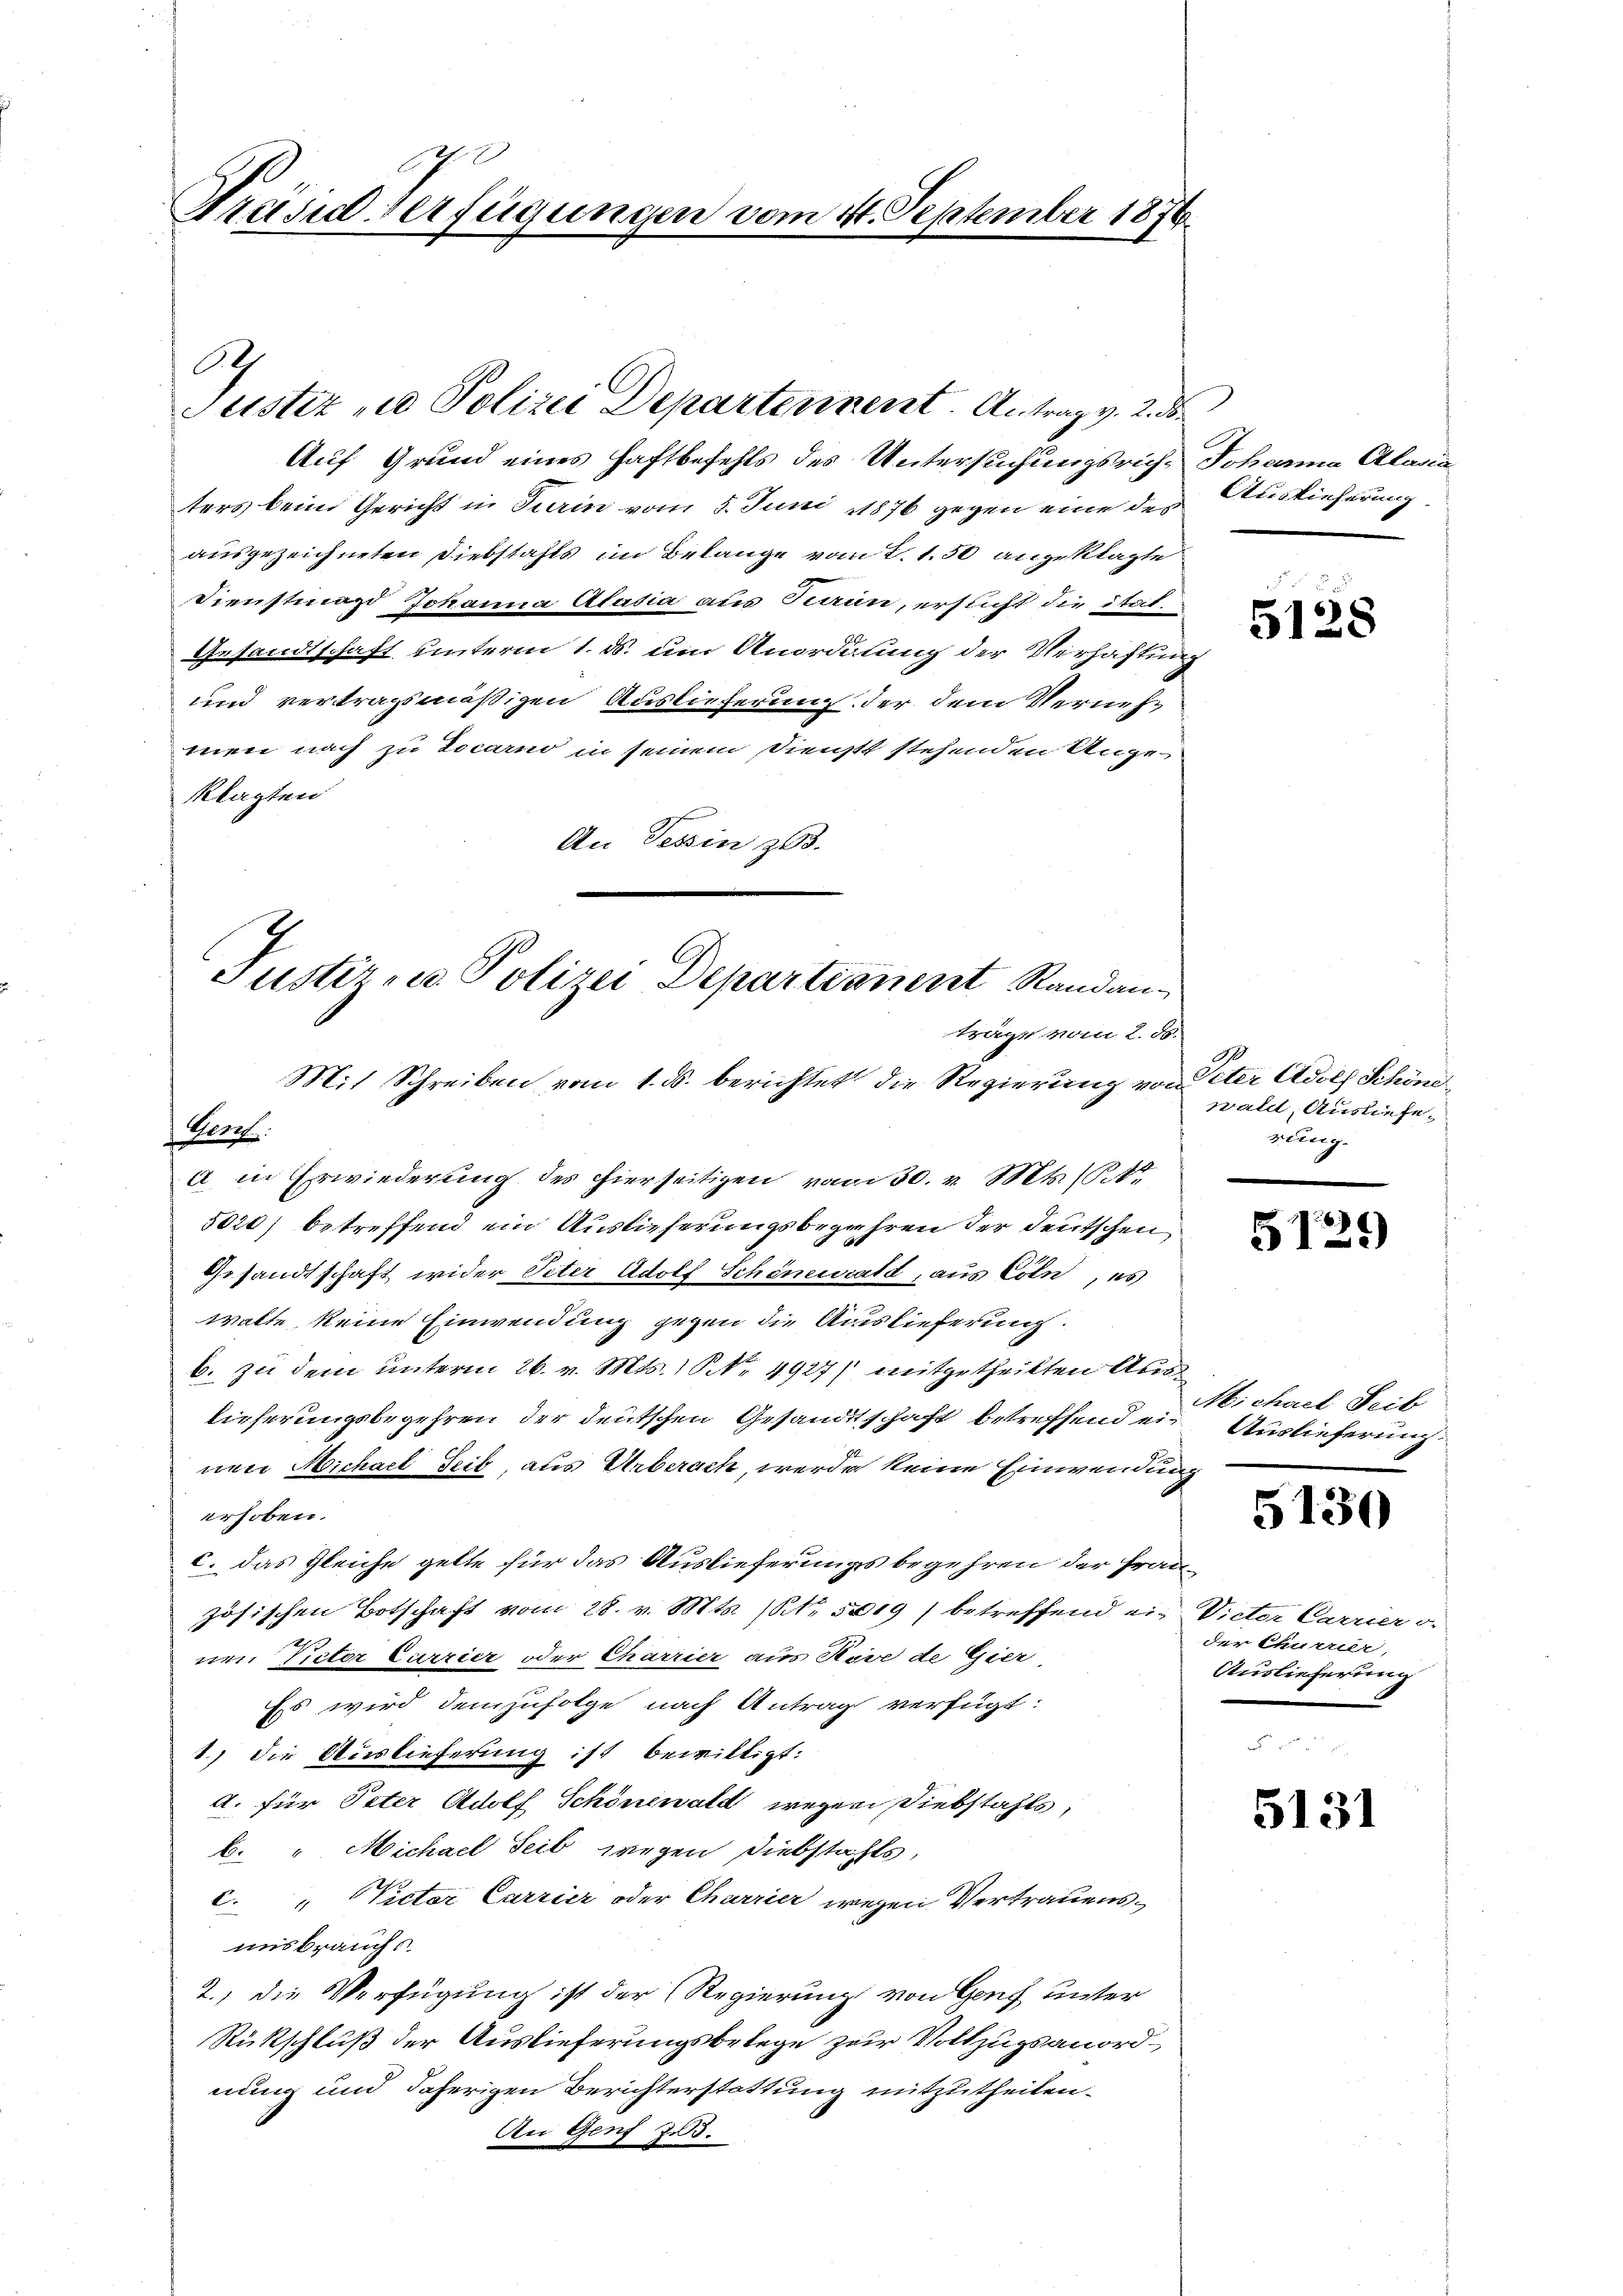
Präsid Verfügungen vom 14. September 1876.

Auf Grund eines Haftbefehls des Untersuchungsrich, Johanna Alaria
ters beim Gericht in Turin vom 5. Juni 1876 gegen eine der Auslieferung
ausgezeichneten Diebstahls im Belange vom 2. 1.50 angeklagte
Dienstina Johanna Aladia aus kann, ersucht die Strit
Gesandtschaft unterm 1. ds. um Anordnung der Verhaftung
und vertragsmäßigen Auslieferung der dem Vernehmen nach zu Locarno in seinem Dienstt stehenden Unge
klagten
An Tessin zu.
Justiz- u. Polizei Departianent Randan

Ach
Justiz - Polizei Departennent. Antrag v. 2. ds.

träge vom 2. ds.
Mit Schreiben vom 1. ds. berichtet die Regierung von Peter Adolf Schöne
Ver

a in Erwiederung des hierseitigen vom 30. v. Mts. 14t
5020) betreffend ein Auslieferungsbegehren der deutschen
Gesandtschaft wider Peter Adolf Schönenratt, aus Cöln, es
walte keine Einwendung gegen die Auslieferung.
b. zu dem unterm 26. v. Mts. S. Nr. 4927/ mitgetheilten Aus
lieferungsbegehren der deutschen Gesandtschaft betreffend ein Auslieferung
nuer Michael Seit, aus Unberach, werde keine Einwendung
erhoben.
c. das Gleiche gelte für das Auslieferungs begehren der französischen Botschaft vom 28. v. Mts. (N. 5019) betreffend ein Victor Carrier v.
nen Victor Currier oder Charrier aus Kove de Gier
Ess wird demzufolge nach Antrag verfügt:
1) die Auslieferung ist bewilligt:
A. für Peter Adolf Schönewald wegen Siebstahls,
b. " Michael Seib wegen Diebstahls,
C. " Victor Carrier oder Charrier wegen Vertrauensmisbrauchs
2.) die Verfügung ist der Regierung von Genf unter
Rückschluß der Auslieferungsbelege zur Vollzugsanordnung und daherigen Berichterstattung mitzutheilen.
An Genf Z.3.

5128

wald, Ausliefe.
rung.

5129)

Michael Seit

5130

der Churrier,
Auslieferung

5131